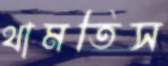
থামতিস